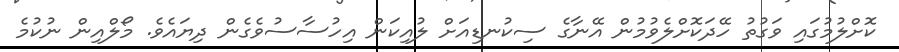
ކޮށްލުމުގައި ވަގުތު ހޭދަކޮށްލެވުމުން އޭނާގެ ސިކުނޑިއަށް ލުއިކަން އިހުސާސުވެގެން ދިޔައެވެ. މޯލްއިން ނުކުމެ